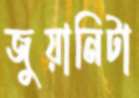
জুয়ানিটা